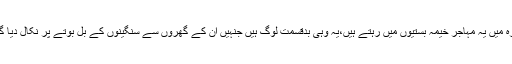
غزہ میں یہ مہاجر خیمہ بستیوں میں رہتے ہیں،یہ وہی بدقسمت لوگ ہیں جنہیں ان کے گھروں سے سنگینوں کے بل بوتے پر نکال دیا گیا۔